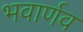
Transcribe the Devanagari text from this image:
भवार्णव